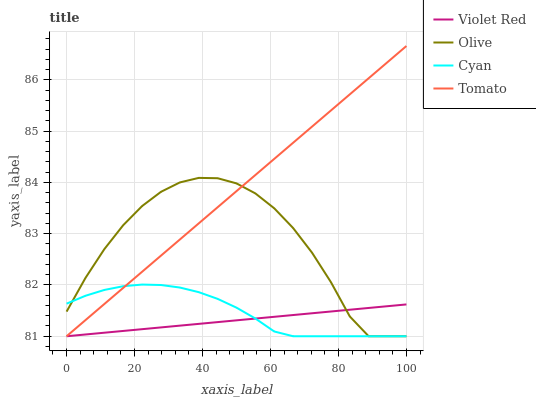
| xaxis_label | Violet Red | Olive | Cyan | Tomato |
 | --- | --- | --- | --- | --- |
 | 0 | 81 | 81.5 | 81.6 | 81 |
 | 5.56 | 81 | 82.1 | 81.8 | 81.3 |
 | 11.1 | 81.1 | 82.7 | 81.9 | 81.6 |
 | 16.7 | 81.1 | 83.2 | 82 | 81.9 |
 | 22.2 | 81.1 | 83.5 | 82 | 82.3 |
 | 27.8 | 81.2 | 83.8 | 82 | 82.6 |
 | 33.3 | 81.2 | 84 | 81.9 | 82.9 |
 | 38.9 | 81.2 | 84.1 | 81.9 | 83.2 |
 | 44.4 | 81.3 | 84.1 | 81.7 | 83.5 |
 | 50 | 81.3 | 84 | 81.6 | 83.8 |
 | 55.6 | 81.3 | 83.8 | 81.3 | 84.1 |
 | 61.1 | 81.4 | 83.5 | 81.1 | 84.5 |
 | 66.7 | 81.4 | 83.1 | 81 | 84.8 |
 | 72.2 | 81.4 | 82.6 | 81 | 85.1 |
 | 77.8 | 81.5 | 82.1 | 81 | 85.4 |
 | 83.3 | 81.5 | 81.4 | 81 | 85.7 |
 | 88.9 | 81.6 | 81 | 81 | 86 |
 | 94.4 | 81.6 | 81 | 81 | 86.3 |
 | 100 | 81.6 | 81 | 81 | 86.7 |